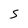
Character: S